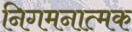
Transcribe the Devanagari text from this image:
निगमनात्‍मक